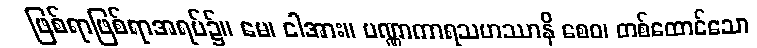
ဖြစ်ရာဖြစ်ရာအရပ်၌။ မေ၊ ငါအား။ ပဏ္ဏာကာရသဟဿာနိ စေဝ၊ တစ်ထောင်သော